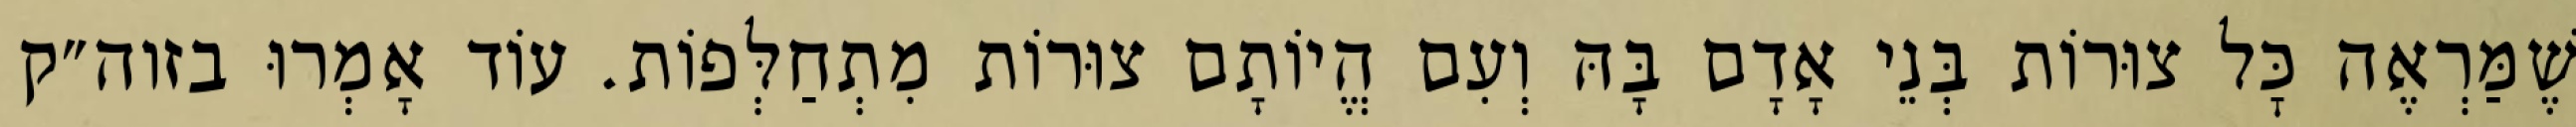
שֶׁמַּרְאֶה כׇּל צוּרוֹת בְּנֵי אָדָם בָּהּ וְעִם הֱיוֹתָם צוּרוֹת מִתְחַלְּפוֹת. עוֹד אָמְרוּ בזוה״ק